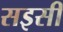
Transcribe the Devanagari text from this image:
सइसी